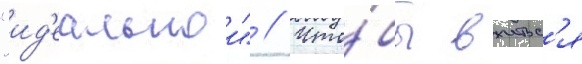
"ид'еальнои" // Что́бы вжитьс'я